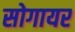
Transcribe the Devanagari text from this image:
सोगायर